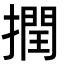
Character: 撋